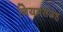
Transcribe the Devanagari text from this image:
नियमसंग्रह